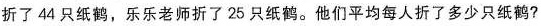
折了44只纸鹤，乐乐老师折了25只纸鹤。他们平均每人折了多少只纸鹤?